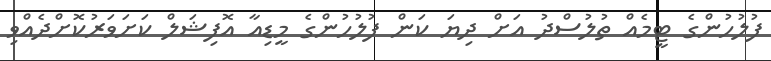
ފުލުހުންގެ ޓީމެއް ތުލުސްދު އަށް ދިޔަ ކަން ފުލުހުންގެ މީޑިއާ އޮފިޝަލް ކަށަވަރުކޮށްދެއްވި